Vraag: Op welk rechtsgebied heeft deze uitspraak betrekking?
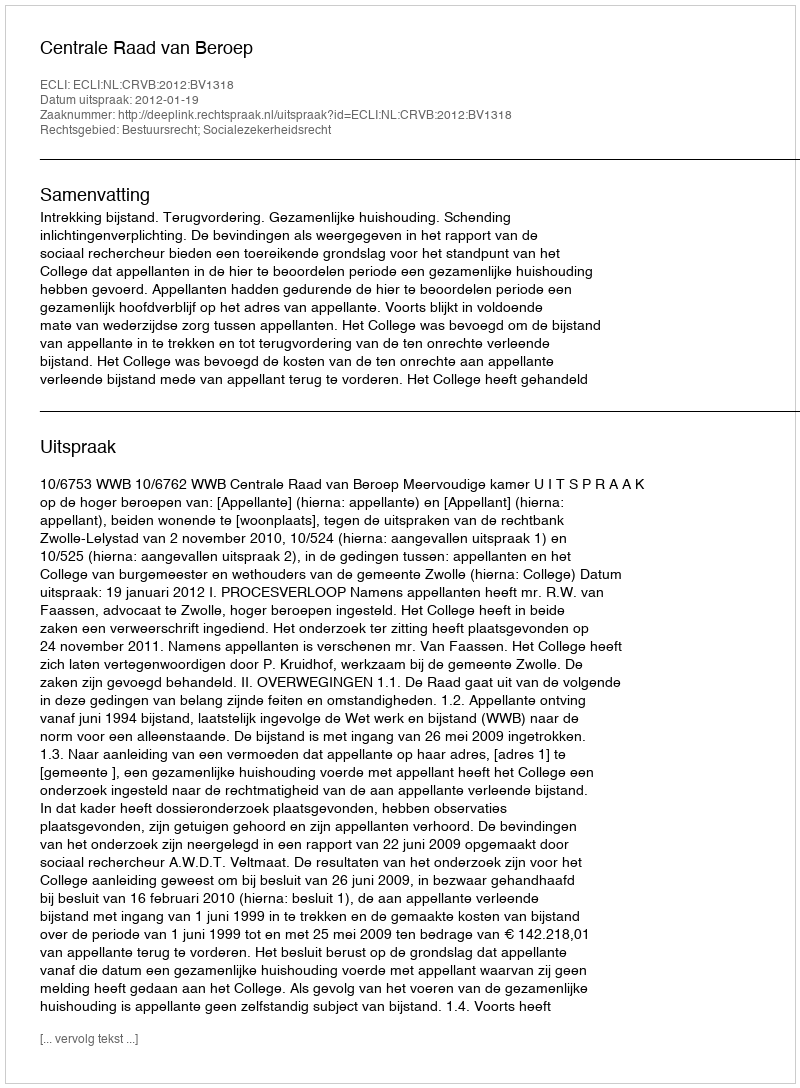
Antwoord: Bestuursrecht; Socialezekerheidsrecht